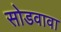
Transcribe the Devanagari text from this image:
सोडवावा